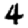
Digit: 4